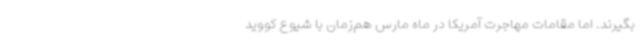
بگیرند. اما مقامات مهاجرت آمریکا در ماه مارس هم‌زمان با شیوع کووید